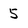
Character: 5